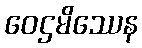
ဝေဌမိဿေန